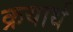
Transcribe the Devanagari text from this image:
क्रयार्थ